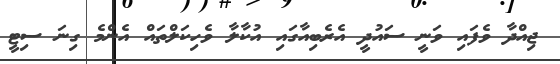
ޖިއްދާ ވެފައި ވަނީ ސައުދީ އެރެބިއާގައި އުކާލާ ވެހިކަލްތައް އެންމެ ގިނަ ސިޓީ